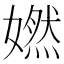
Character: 㜣